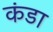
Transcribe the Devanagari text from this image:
कंडा